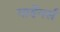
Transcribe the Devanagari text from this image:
गार्डेनर्स